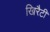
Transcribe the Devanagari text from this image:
खिरैटी